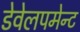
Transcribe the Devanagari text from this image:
डेवेलपमेन्ट